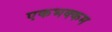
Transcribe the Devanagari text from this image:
एकभक्कम